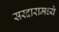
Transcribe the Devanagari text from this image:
सरदारामध्ये